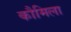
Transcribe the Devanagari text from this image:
कौमिला